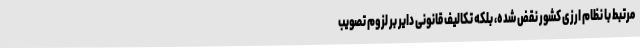
مرتبط با نظام ارزی کشور نقض شده، بلکه تکالیف قانونی دایر بر لزوم تصویب